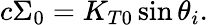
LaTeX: c\Sigma_{0}=K_{T0}\sin\theta_{i}.